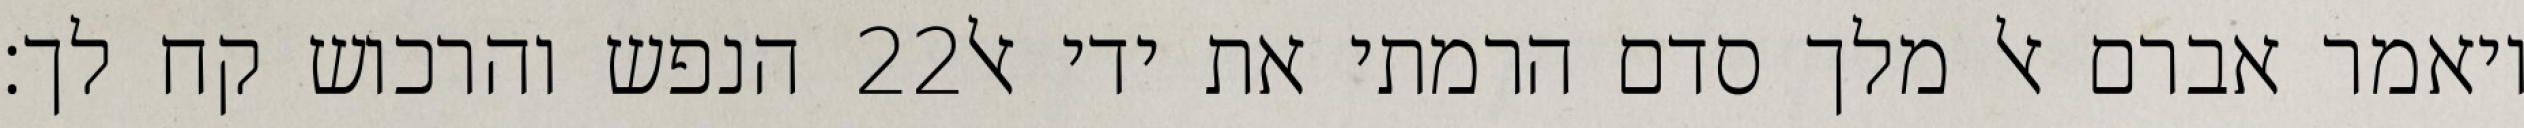
הנפש והרכוש קח לך׃ ‎22‏ ויאמר אברם אל מלך סדם הרמתי את ידי אל